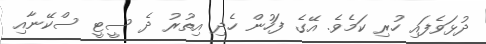
ދުޅަވެފައި ހުރި ކަމެވެ. އޭގެ ފަހުން ހެދި އިތުރު ދެ ސީޓީ ސްކޭނާއި